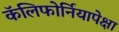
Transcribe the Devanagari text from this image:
कॅलिफोर्नियापेक्षा